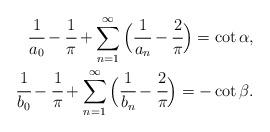
LaTeX: \begin{align*}\cfrac{1}{{a}_0}-\cfrac{1}{\pi}+\sum_{n=1}^\infty \Big(\cfrac{1}{{a}_n}-\cfrac{2}{\pi}\Big)=\cot\alpha, \\\cfrac{1}{{b}_0}-\cfrac{1}{\pi}+\sum_{n=1}^\infty \Big(\cfrac{1}{{b}_n}-\cfrac{2}{\pi}\Big)=-\cot\beta. \end{align*}